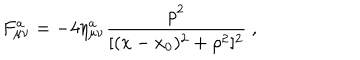
F _ { \mu \nu } ^ { a } = - 4 \eta _ { \mu \nu } ^ { a } \frac { \rho ^ { 2 } } { [ ( x - x _ { 0 } ) ^ { 2 } + \rho ^ { 2 } ] ^ { 2 } } \ ,